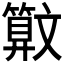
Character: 𰕜